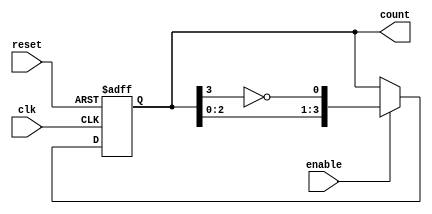
module johnson_counter #(
    parameter N = 4    // Number of flip-flops (adjust as needed)
) (
    input wire clk,     // Clock input
    input wire enable,  // Enable signal
    input wire reset,   // Asynchronous reset
    output reg [N-1:0] count // Current counter value (N bits)
);

// Asynchronous reset and synchronous operation
always @(posedge clk or posedge reset) begin
    if (reset) begin
        count <= 0; // Initialize counter to 0000 on reset
    end else if (enable) begin
        // Johnson counter logic
        count <= {count[N-2:0], ~count[N-1]}; // Shift and invert last bit
    end
end

endmodule